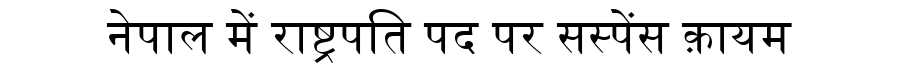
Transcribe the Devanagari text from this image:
नेपाल में राष्ट्रपति पद पर सस्पेंस क़ायम